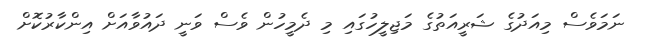
ނަމަވެސް މިއަދުގެ ޝަރީއަތުގެ މަޖިލީހުގައި މި ދެމީހުން ވެސް ވަނީ ދައުވާއަށް އިންކާރުކޮށް